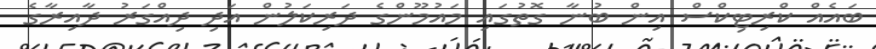
ބައެއް ކްރިޓިކްސް އިން ބުނާ ގޮތުގައި މައުމޫންގެ ދަރިކަލުން އަދި ދިއްގަރު ދާއިރާގެ